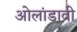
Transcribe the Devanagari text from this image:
ओलांडावी